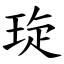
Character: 琁